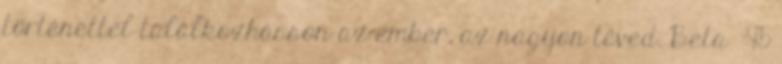
történettel találkozhasson az ember, az nagyon téved. Beta 45